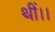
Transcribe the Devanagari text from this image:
थीं।।